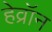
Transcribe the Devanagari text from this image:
हेव्रॉन